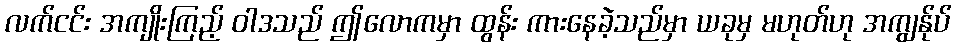
လက်ငင်း အကျိုးကြည့် ဝါဒသည် ဤလောကမှာ ထွန်း ကားနေခဲ့သည်မှာ ယခုမှ မဟုတ်ဟု အကျွန်ုပ်